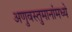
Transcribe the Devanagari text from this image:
अणुवस्तुमानांमध्ये